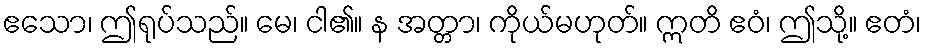
ဧသော၊ ဤရုပ်သည်။ မေ၊ ငါ၏။ န အတ္တာ၊ ကိုယ်မဟုတ်။ ဣတိ ဧဝံ၊ ဤသို့။ ဧတံ၊